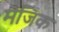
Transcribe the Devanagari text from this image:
मॆजिक